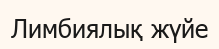
Лимбиялық жүйе